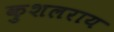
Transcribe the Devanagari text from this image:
कुशलराय